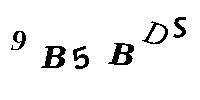
9B5BDS